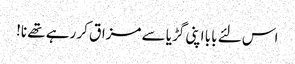
اس لئے بابا اپنی گڑیا سے مزاق کر رہے تھے نا!